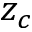
z _ { c }